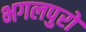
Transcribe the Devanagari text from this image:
भगलपुरो